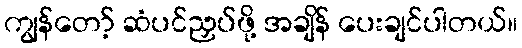
ကျွန်တော့် ဆံပင်ညှပ်ဖို့ အချိန် ပေးချင်ပါတယ်။